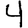
Digit: 4